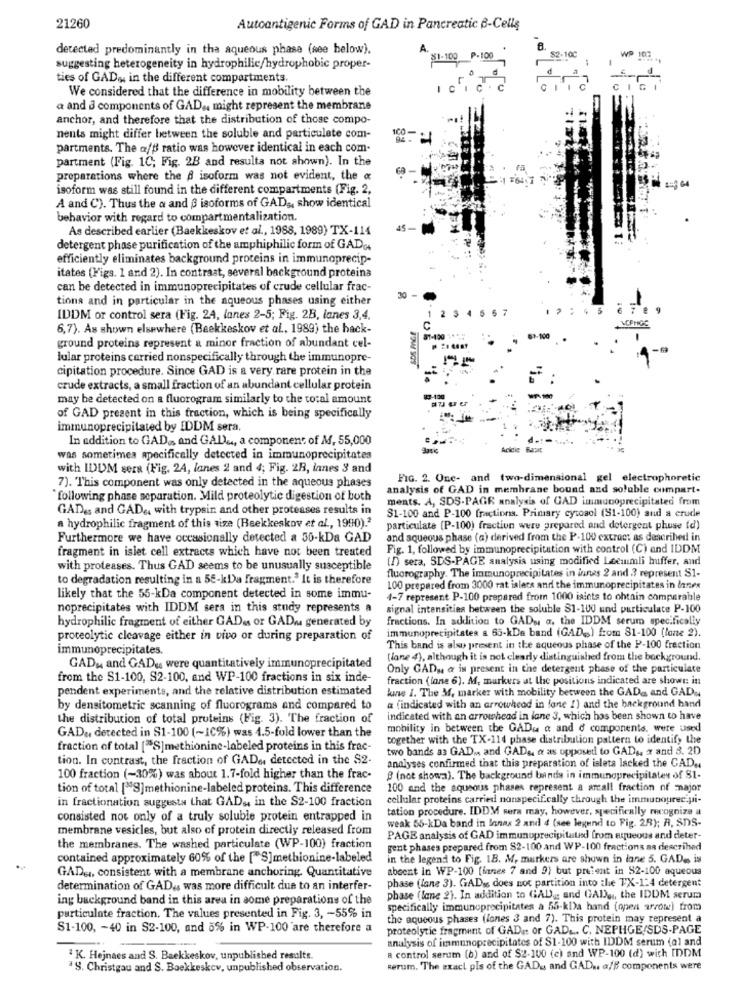
21260
Autoantigenic Forms of GAD in Pancreatic 6-Cellg
detected predominantly in tha aqueous phase (see below).
A.
$1.100 P.100
82-100
WP 102 .
suggesting heterogeneity in hydrophilic/hydrophobic proper-
ties of GAD, in the different compartments.
We considered that the difference in mobility between the
a and @ components of GAD .. might represent the membrane
anchor, and therefore that the distribution of those compo-
nents might differ between the soluble and particulate com-
100 --
partments. The af# ratio was however identical in each com-
partment (Fig. 1C; Fig. 2B and results not shown). In the
preparations where the @ isoform was not evident, the &
isoform was still found in the different compartments (Fig. 2,
A and C). Thus the a and B isoforms of GAD ,, show identical
behavior with regard to compartmentalization.
As described earlier (Baekkeskov et al ., 1988, 1989) TX-114
detergent phase purification of the amphiphilic form of GAD.+
efficiently eliminates background proteins in immunoprecip-
itates (Figs. 1 and 2). In contrast, several background proteins
can be detected in immunoprecipitates of crude cellular frac-
tions and in particular in the aqueous phases using either
30
$ 7
8 78
IDDM or control sera (Fig. 24, lanes 2-5; Fig. 2B, lanes 3,4.
6,7). As shown elsewhere (Beekkeskov et al ., 1989) the back-
ground proteins represent a minor fraction of abundant cel-
61-900
lular proteins carried nonspecifically through the immunopre-
cipitation procedure. Since GAD is a very rare protein in the
crude extracts, a small fraction of an abundant cellular protein
may be detected on a fluorogram similarly to the total amount
2-100
.
of GAD present in this fraction, which is being specifically
immunoprecipitated by IDDM sera.
In addition to GAD ,, and GAD .., a component of M, 55,000
Acidle Ras
was sometimes specifically detected in immunoprecipitates
with IDUM sera (Fig. 2A, lanes 2 and 4; Fig. 2B, lanes 3 and
7). This component was only detected in the aqueous phases
FIG. 2. One- and two-dimensional gel electrophoretic
analysis of GAD in membrane bound and soluble cumpart-
following phase separation. Mild proteolytic digestion of both
ments. A, SDS-PAGE analysis of GAD immunoprecipitated from
GAD&s and GAD&, with trypsin and other proteases results in
$1-100 and P-100 fractions. Primary cytosol (S1-100) and a crude
a hydrophilic fragment of this size (Beekkeskov et al ., 1990).2
particulate (P-100) fraction were prepared and detergent phuse (d)
Furthermore we have occasionally detected a 50-kDa GAD
and aqueous phase (a) derived from the P-100 extract as described in
fragment in islet cell extracts which have not been treated
Fig. 1, followed by immunoprecipitation with control (C) and IDDM
[D) sera, SDS-PAGE analysis using modified Lecumli huffer, and
with proteases. Thus GAD seems to be unusually susceptible
to degradation resulting in a 58-kDa fragment." It is therefore
fluorography. The immunoprecipitates in innes 2 and 3 represent S1-
100 prepared from 3000 rat islecs and the immunoprecipitates in Ianes
likely that the 55-kDa component detected in some immu-
4-7 represent P-100 prepared from 1000 isicts to obtain comparable
noprecipitates with IDDM sera in this study represents a
signal intensities between the soluble $1-100 und particulate P-100
hydrophilic fragment of either GADss or GAD. generated by
fractions. In addition to GADu a, the IDDM serum specifically
immunoprecipitates a 65-kDa band (GAD .. ) from 81-100 (lane 2).
proteolytic cleavage either in vivo or during preparation of
immunoprecipitates.
This band is also present in the aqueous phase of the P-100 fraction
(lane 4), although it is not clearly distinguished from the background.
GADu and GADus were quantitatively immunoprecipitated
Only GAD ,, a is present in the detergent phase of the particulate
from the S1-100, S2-100, and WP-100 fractions in six inde-
fraction (lone 6). M. markers at the positions indicated are shown in
pendent experiments, and the relative distribution estimated
kine 1. The M, marker with mobility between the GADa and GAD ..
by densitometric scanning of fluorograms and compared to
a (indicated with an arrowhead in fone !) and the background hand
the distribution of total proteins (Fig. 3). The fraction of
indicated with an arrowhead in lane 3, which has been shown to have
GAD& detected in S1-100 (~IC%) was 1.5-fold lower than the
mobility in between the GAD. a and c components, were used
together with the TX-114 phase distribution pattern to identify the
fraction of total ["S]methionine-labeled proteins in this frac-
two bands as GAD .. and GAD&, & as opposed to GAD ., 2 and 3. 2D
tion. In contrast, the fraction of GADe, detected in the $2-
analyses confirmed that this preparation of isleta lacked the CAD ..
100 fraction (-30%) was about 1.7-fold higher than the frac-
B (not showa). The background bands in immungprecipitatey of S1-
tion of total ["S]methionine-labeled proteins. This difference
100 and the aqueous phases represent a arcall fraction of major
in fractionation suggests that GAD ,, in the S2-100 fraction
cellular proteins carried nonspecifically through the immunourec.pi-
tation procedure. IDDM sera may, however, specifically recognize a
consisted not only of a truly soluble protein entrapped in
weak 56-kDa band in Innas 2 and 4 (see legend to Fig. 28); A. SDS-
membrane vesicles, but also of protein directly released from
PAGE analysis of GAD immunoprecipitated from aqueous and deter-
the membranes. The washed particulate (WP-100) fraction
gent phases prepared from $2-100 and WP-100 fractions as described
contained approximately 60% of the [S]methionine-labeled
in the legend to Fig. 18. W. markers are shown in lane 5. GAD .. is
GAD&, consistent with a membrane anchoring. Quantitative
absent in WP-100 [innes 7 and 9) but prelent in $2-100 aqueous
phase (lane 3). GAD's does not partition into the TX-124 detergent
determination of GAD ,, was more difficult due to an interfer-
ing background band in this area in some preparations of the
phase (lane 2). In addition to GAD) .: and GAD ,,, the IDDM serum
specifically immunoprecipitates a 55-kDa hand (open arrow) from
particulate fraction. The values presented in Fig. 3, - 55% in
the aqueous phases (lanes 3 and 7). This protein may represent a
S1-100, - 40 in S2-100, and 0% in WP-100'are therefore a
proteolytic fragment of GADi: or GAD ... C. NEPHGE/SDS-PAGE
analysis of immunoprecipitates of $1-100 with IDDM serum (al and
a control serum (b) and of $2-100 (c) and WP-100 (d) with IDDM
2 K. Hejnaes and S. Baekkeskov, unpublished results.
39. Christgau and S. Baekkeskcv, unpublished observation.
Rerum. The exact pls of the GAD .. and GAD .. a/B components were